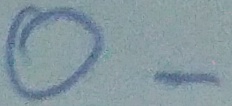
Text: O-